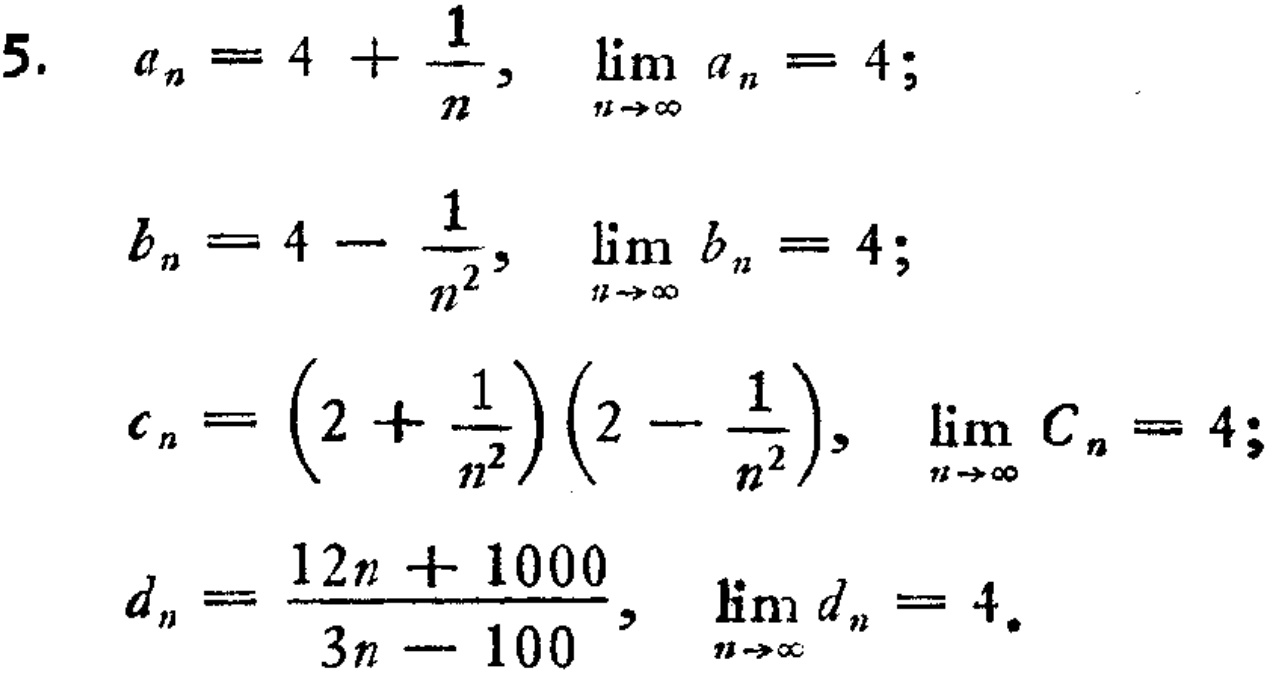
\[
\begin{align*}
a_n&=4 + \frac{1}{n},&\lim_{n\rightarrow\infty} a_n&= 4;\\
b_n&=4 - \frac{1}{n^2},&\lim_{n\rightarrow\infty} b_n&= 4;\\
c_n&=\left(2 + \frac{1}{n^2}\right)\left(2 - \frac{1}{n^2}\right),&\lim_{n\rightarrow\infty} c_n&= 4;\\
d_n&=\frac{12n + 1000}{3n - 100},&\lim_{n\rightarrow\infty} d_n&= 4.
\end{align*}
\]